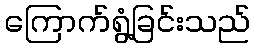
ကြောက်ရွံ့ခြင်းသည်